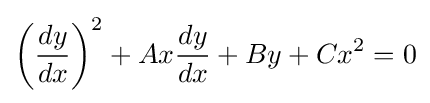
\left({\frac {dy}{dx}}\right)^{2}+Ax{\frac {dy}{dx}}+By+Cx^{2}=0